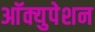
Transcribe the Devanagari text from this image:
आॅक्युपेशन